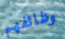
وظائفهم